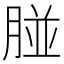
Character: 𦝤